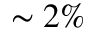
\sim 2 \%